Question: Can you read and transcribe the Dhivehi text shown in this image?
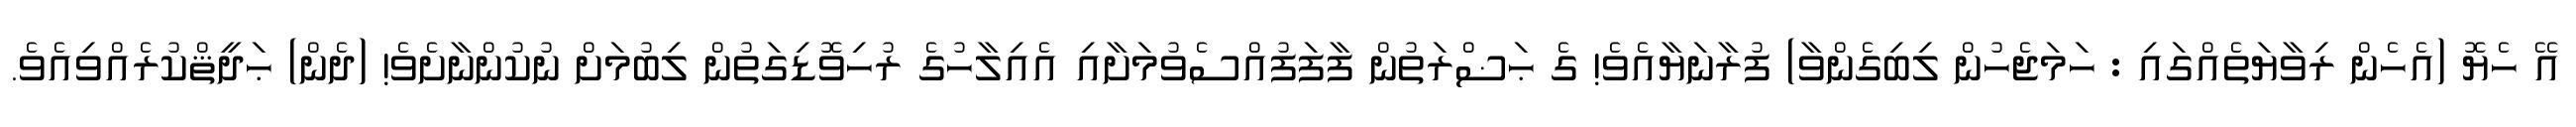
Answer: އޭ ހެޔޮ (އެހެން ރިވާޔަތެއްގައި : ހަމަޖެހުން ލިބިގެންވާ) ފުރާނަޔާއެވެ! ގެ ޙަޟްރަތުން ފާފަފުއްސެވުމަށާއި އެއިލާހުގެ ރުހިވޮޑިގަތުން ލިބުމަށް ނުކުންނާށެވެ! (ދެން) ޙަދީޘްކުރެއްވިއެވެ.